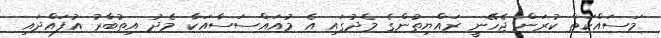
މަސައްކަތް ކުރަން ޖެހޭނީ ރައްޔިތުންގެ މެދުގައި އެ މުއައްސަސާއަކާ މެދު އިތުބާރު އުފައްދައި